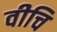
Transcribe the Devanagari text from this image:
वीचि